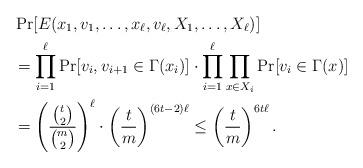
LaTeX: \begin{align*}&\Pr[E(x_1,v_1,\ldots,x_{\ell},v_{\ell},X_1,\ldots,X_{\ell})] \\&= \prod_{i=1}^{\ell} \Pr[v_i,v_{i+1} \in \Gamma(x_i)] \cdot \prod_{i=1}^{\ell} \prod_{x \in X_i} \Pr[v_i \in \Gamma(x)]\\&=\left( \frac{{t \choose 2}}{{m \choose 2}} \right)^{\ell} \cdot \left( \frac{t}{m}\right)^{(6t-2)\ell}\le \left( \frac{t}{m}\right)^{6 t \ell}.\end{align*}